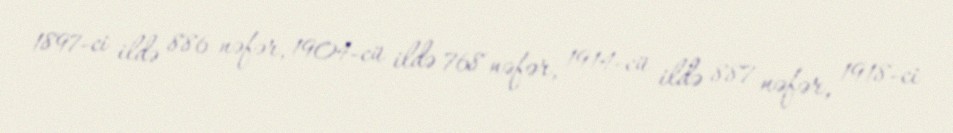
1897-ci ildə 886 nəfər, 1904-cü ildə 768 nəfər, 1914-cü ildə 887 nəfər, 1918-ci